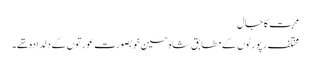
محبت کا جال
مختلف رپورٹوں کے مطابق شاہ حسین خوبصورت عورتوں کے دلدادہ تھے۔